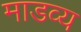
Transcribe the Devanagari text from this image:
माडव्य